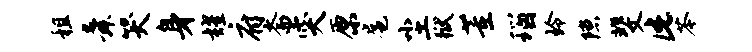
租舜哭身耀府斋突原扈尘狱董瑙玲隙斐此苓